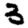
Digit: 3